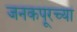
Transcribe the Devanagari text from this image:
जनकपूरच्या